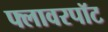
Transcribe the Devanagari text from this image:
फ्लावरपॉट